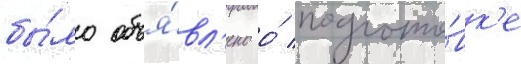
бы́ло объя́вл'ено о́ подгото́вк'е